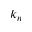
k _ { n }